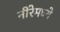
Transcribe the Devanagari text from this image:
नीरेमध्ये